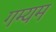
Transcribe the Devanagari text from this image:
गम्यम